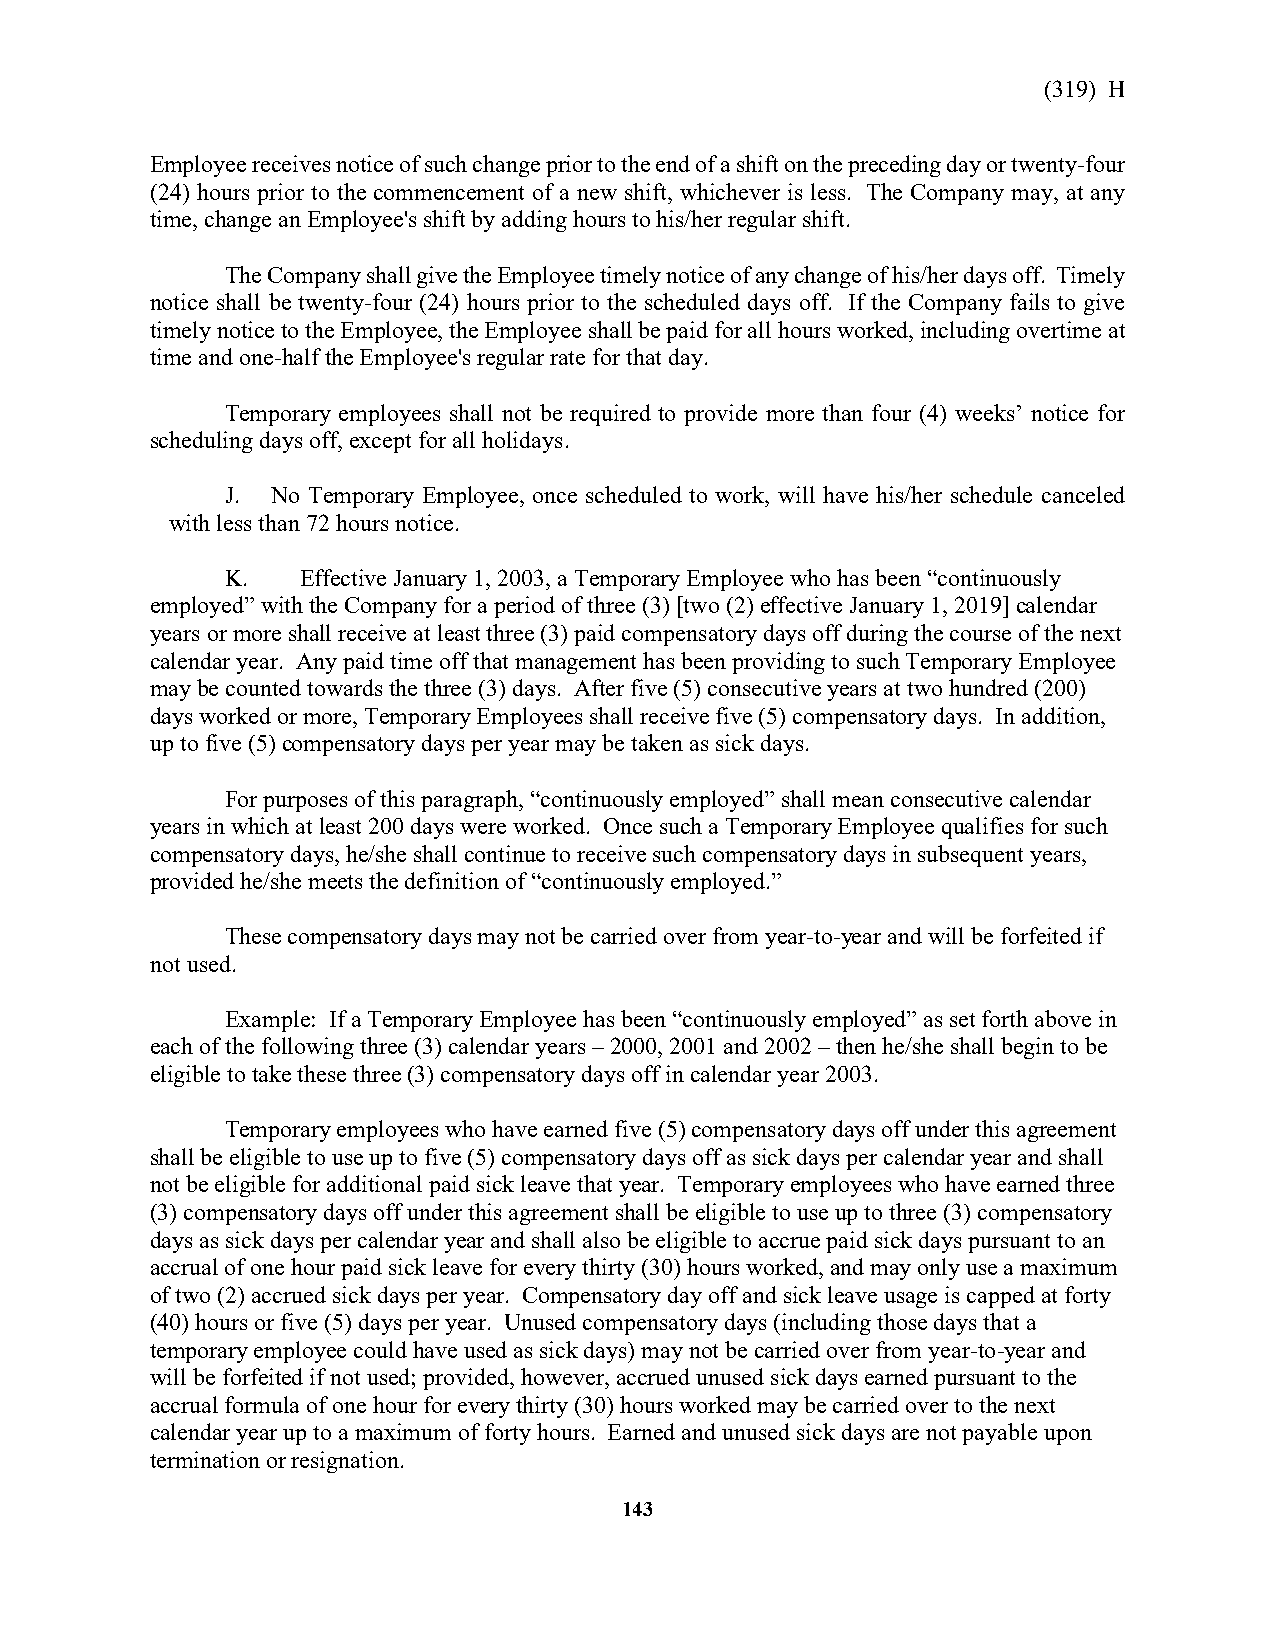
(319) H
 Employee receives notice of such change prior to the end of a shift on the preceding day or twenty-four
 (24) hours prior to the commencement of a new shift, whichever is less. The Company may, at any
 time, change an Employee's shift by adding hours to his/her regular shift.
 The Company shall give the Employee timely notice of any change of his/her days off. Timely
 notice shall be twenty-four (24) hours prior to the scheduled days off. If the Company fails to give
 timely notice to the Employee, the Employee shall be paid for all hours worked, including overtime at
 time and one-half the Employee's regular rate for that day.
 Temporary employees shall not be required to provide more than four (4) weeks’ notice for
 scheduling days off, except for all holidays.
 J. No Temporary Employee, once scheduled to work, will have his/her schedule canceled
 with less than 72 hours notice.
 K.   Effective January 1, 2003, a Temporary Employee who has been “continuously
 employed” with the Company for a period of three (3) [two (2) effective January 1, 2019] calendar
 years or more shall receive at least three (3) paid compensatory days off during the course of the next
 calendar year. Any paid time off that management has been providing to such Temporary Employee
 may be counted towards the three (3) days. After five (5) consecutive years at two hundred (200)
 days worked or more, Temporary Employees shall receive five (5) compensatory days. In addition,
 up to five (5) compensatory days per year may be taken as sick days.
 For purposes of this paragraph, “continuously employed” shall mean consecutive calendar
 years in which at least 200 days were worked. Once such a Temporary Employee qualifies for such
 compensatory days, he/she shall continue to receive such compensatory days in subsequent years,
 provided he/she meets the definition of “continuously employed.”
 These compensatory days may not be carried over from year-to-year and will be forfeited if
 not used.
 Example: If a Temporary Employee has been “continuously employed” as set forth above in
 each of the following three (3) calendar years – 2000, 2001 and 2002 – then he/she shall begin to be
 eligible to take these three (3) compensatory days off in calendar year 2003.
 Temporary employees who have earned five (5) compensatory days off under this agreement
 shall be eligible to use up to five (5) compensatory days off as sick days per calendar year and shall
 not be eligible for additional paid sick leave that year. Temporary employees who have earned three
 (3) compensatory days off under this agreement shall be eligible to use up to three (3) compensatory
 days as sick days per calendar year and shall also be eligible to accrue paid sick days pursuant to an
 accrual of one hour paid sick leave for every thirty (30) hours worked, and may only use a maximum
 of two (2) accrued sick days per year. Compensatory day off and sick leave usage is capped at forty
 (40) hours or five (5) days per year. Unused compensatory days (including those days that a
 temporary employee could have used as sick days) may not be carried over from year-to-year and
 will be forfeited if not used; provided, however, accrued unused sick days earned pursuant to the
 accrual formula of one hour for every thirty (30) hours worked may be carried over to the next
 calendar year up to a maximum of forty hours. Earned and unused sick days are not payable upon
 termination or resignation.
 143